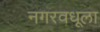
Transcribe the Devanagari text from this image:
नगरवधूला